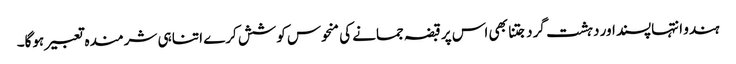
ہندو انتہاپسنداور دہشت گرد جتنا بھی اس پر قبضہ جمانے کی منحوس کوشش کرے اتنا ہی شرمندہ تعبیر ہوگا۔